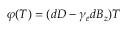
\varphi ( T ) = ( d D - \gamma _ { e } d B _ { z } ) T